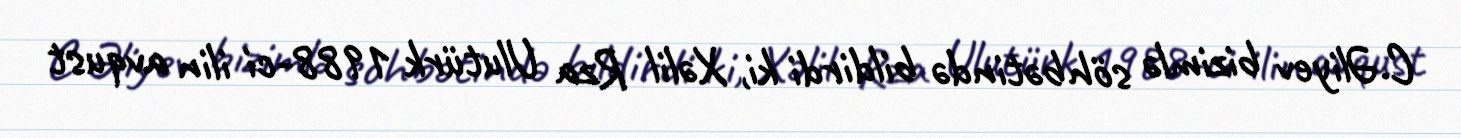
C.Əliyev bizimlə söhbətində bildirdi ki, Xəlil Rza Ulutürk 1988-ci ilin avqust